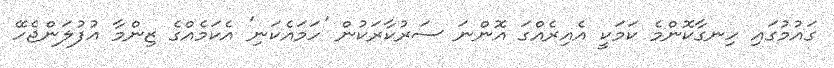
ގައުމުގައި ހިނގާކޮންމެ ކަމަކީ އެއިރެއްގަ އޮންނަ ސަރުކާރަކުން 'ހަމައެކަނި' އެކަމެއްގެ ޒިންމާ އުފުލަންޖެހޭ